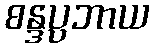
စန္ဒပ္ပဘာယ